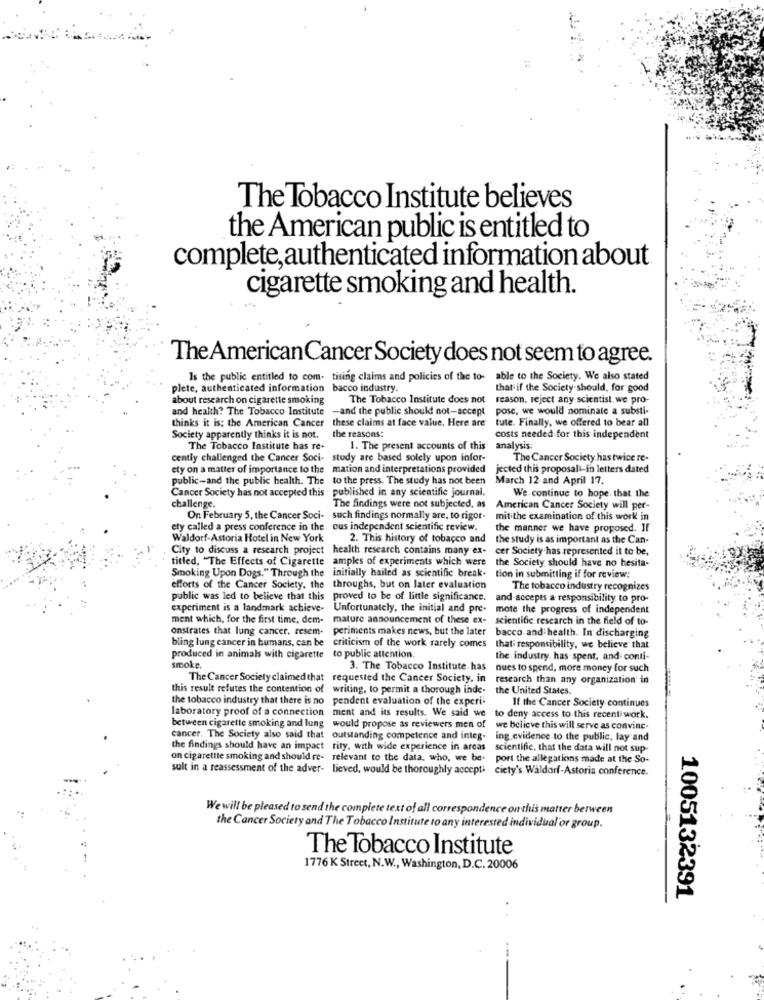
The Tobacco Institute believes
the American public is entitled to
complete, authenticated information about
cigarette smoking and health.
The American Cancer Society does not seem to agree.
Is the public entitled to com- tising claims and policies of the to-
able to the Society. We also stated
plete, authenticated information bacco industry.
that if the Society should, for good
about research on cigarette smoking
The Tobacco Institute does not reason. reject any-scientist. we pro-
and health? The Tobacco Institute -and the public should not-accept
pose, we would nominate a substi-
thinks it is; the American Cancer these claims at face value. Here are
tute. Finally, we offered to bear all
Society apparently thinks it is not.
the reasons:
costs needed for this independent
The Tobacco Institute has re-
1. The present accounts of this analysis;
cently challenged the Cancer Soci- study are based solely upon infor-
The Cancer Society has twice re-
ety on a matter of importance to the mation and interpretations provided
jected this proposalt-in letters dated
public-and the public health. The to the press. The study has not been
March 12-and April 17.
Cancer Society has not accepted this published in any scientific journal.
We continue to hope. that the
challenge.
The findings were not subjected, as
American Cancer Society will per-
On February 5, the Cancer Soci- such findings normally are, to rigor.
mit the examination of this work in
ety called a press conference in the cus independent scientific review.
the manner we have proposed. If
Waldorf-Astoria Hotel in New York
2. This history of tobacco and
the study is as important as the Can-
City to discuss a research project health research contains many ex- cer Society has represented it to be,
titled, "The Effects of Cigarette amples of experiments which were the Society should have no hesita-
Smoking Upon Dogs." Through the initially hailed as scientific break. tion in submitting if for review:
efforts of the Cancer Society. the
throughs, but on later evaluation
The tobacco industry recognizes
public was led to believe that this proved to be of little significance.
and accepts a responsibility to pro-
experiment is a landmark achieve-
Unfortunately, the initial and pre-
mote the progress of independent
ment which, for the first time, dem-
mature announcement of these ex- scientific research in the field of to-
onstrates that lung cancer. resem.
periments makes news, but the later bacco and health. In discharging
bling lung cancer in humans, can be criticism of the work rarely comes
bling lung cancer in bumans, can be
that responsibility, we believe that
produced in animals with cigarette to public attention.
the industry has spent, and conti-
smoke.
3. The Tobacco Institute has
nues to spend, more money for such
The Cancer Society claimed that requested the Cancer Society, in research than any organization in
this result refutes the contention of writing, to permit a thorough inde. the United States.
the tobacco industry that there is no pendent evaluation of the experi-
If the Cancer Society continues
laboratory proof of a connection ment and its results. We said we to deny access to this recent work.
between cigarette smoking and lung
would propose as reviewers men of we believe this will serve as convine.
cancer. The Society also said that
cancer. The Society also said that outstanding competence and integ.
ing.evidence to the public, lay and
the findings should have an impact rity, with wide experience in arcas
scientific, that the data will not sup-
on cigarette smoking and should re- relevant to the data, who, we be-
port the allegations made at the So-
sult in a reassessment of the adver- lieved, would be thoroughly accept+ ciety's Waldorf-Astoria conference.
We will be pleased to send the complete text of all correspondence onthis matter between
the Cancer Society and The Tobacco Institute to any interested individual or group.
The Tobacco Institute
1776 K Street, N.W ., Washington, D.C. 20006
1005132391